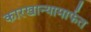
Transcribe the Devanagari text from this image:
कारखान्यामार्फत